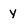
Character: y